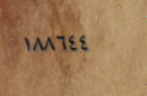
١٨٨٦٤٤